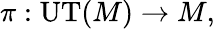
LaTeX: \pi:\mathrm{UT}(M)\to M,